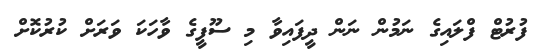
ފުރުޓް ފްލައިގެ ނަމުން ނަން ދީފައިވާ މި ސޫފީގެ ވާހަކަ ވަރަށް ކުރުކޮށް